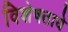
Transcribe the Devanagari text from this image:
विशेषताये